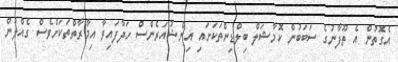
އެގޮތުން އެ ތޫފާނުގެ ސަބަބުން ކޮމާޝަލް ބިލްޑިންތަކަށައި އިންޝުއަރެންސް ހަދާފައިވާ އިމާރާތްތަކަށްވެސް ގެއްލުން